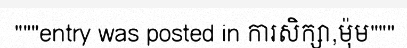
"""entry was posted in ការសិក្សា,ម៉ុម"""